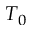
T _ { 0 }